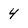
Character: 4